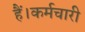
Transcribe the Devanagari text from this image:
हैं।कर्मचारी